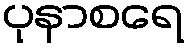
ပုနာစရေ